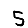
Digit: 5